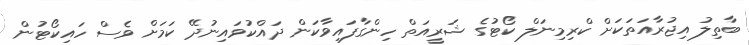
ބާތިލު އިޖުރާއަތަކަށް ކްރިމިނަލް ކޯޓުގެ ޝަރީއަތް ހިންގާފައިވާކަން ދައްކުވައިނުދޭ ކަމަށް ވެސް ހައިކޯޓުން